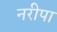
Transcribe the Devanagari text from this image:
नरीपा